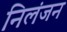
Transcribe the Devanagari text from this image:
निलंजन